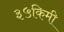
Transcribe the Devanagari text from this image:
३५किमी